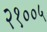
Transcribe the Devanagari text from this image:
२१००५